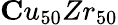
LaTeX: \mathbf Cu_{50}Zr_{50}